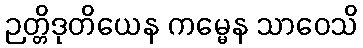
ဉတ္တိဒုတိယေန ကမ္မေန သာဝေသိ